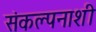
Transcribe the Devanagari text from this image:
संकल्पनाशी